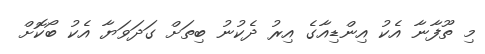
މި ތޫފާނާ އެކު އިންޑިއާގެ އިރު ދެކުނު ބިތަށް ގަދަވަޔާ އެކު ބޯކޮށް